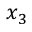
x _ { 3 }